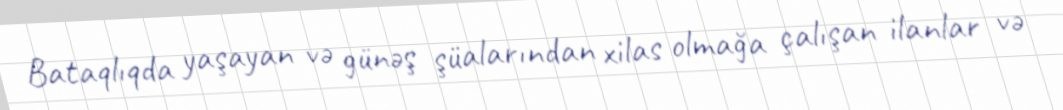
Bataqlıqda yaşayan və günəş şüalarından xilas olmağa çalışan ilanlar və